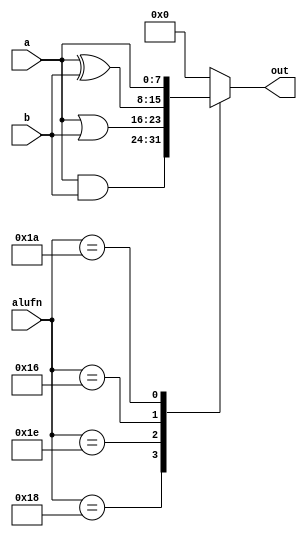
/*
   This file was generated automatically by the Mojo IDE version B1.3.6.
   Do not edit this file directly. Instead edit the original Lucid source.
   This is a temporary file and any changes made to it will be destroyed.
*/

module boolean_24 (
    input [7:0] a,
    input [7:0] b,
    input [5:0] alufn,
    output reg [7:0] out
  );
  
  
  
  always @* begin
    out = 1'h0;
    
    case (alufn)
      6'h18: begin
        out = a & b;
      end
      6'h1e: begin
        out = a | b;
      end
      6'h16: begin
        out = a ^ b;
      end
      6'h1a: begin
        out = a;
      end
    endcase
  end
endmodule